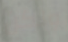
ولكن